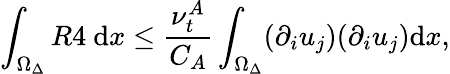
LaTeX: \int_{\Omega_{\Delta}}R4~\mathrm{d}x\leq\frac{\nu_{t}^{A}}{C_{A}}\int_{\Omega_{\Delta}}(\partial_{i}u_{j})(\partial_{i}u_{j})\mathrm{d}x,